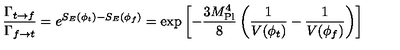
{ \frac { \Gamma _ { t \rightarrow f } } { \Gamma _ { f \rightarrow t } } } = e ^ { S _ { E } ( \phi _ { t } ) - S _ { E } ( \phi _ { f } ) } = \exp \left[ - { \frac { 3 M _ { \mathrm { P l } } ^ { 4 } } { 8 } } \left( { \frac { 1 } { V ( \phi _ { t } ) } } - { \frac { 1 } { V ( \phi _ { f } ) } } \right) \right]